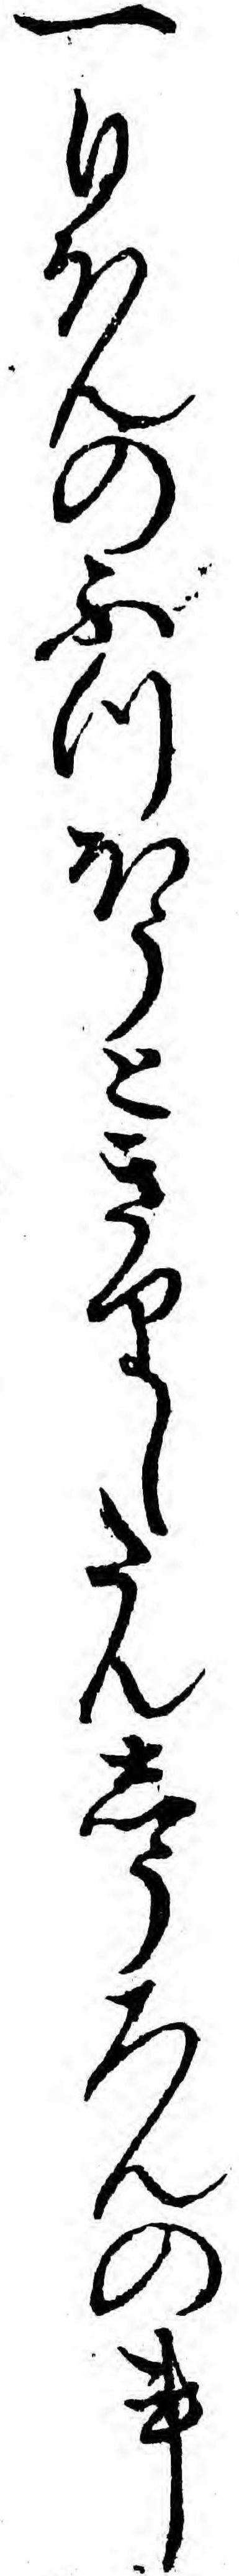
一日ほんのふつほうときりしたんしうろんの事